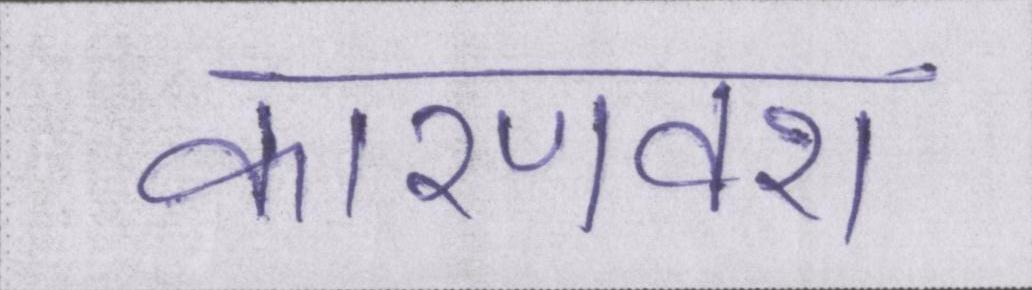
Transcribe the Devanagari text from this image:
कारणवश